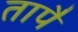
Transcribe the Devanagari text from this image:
तापै